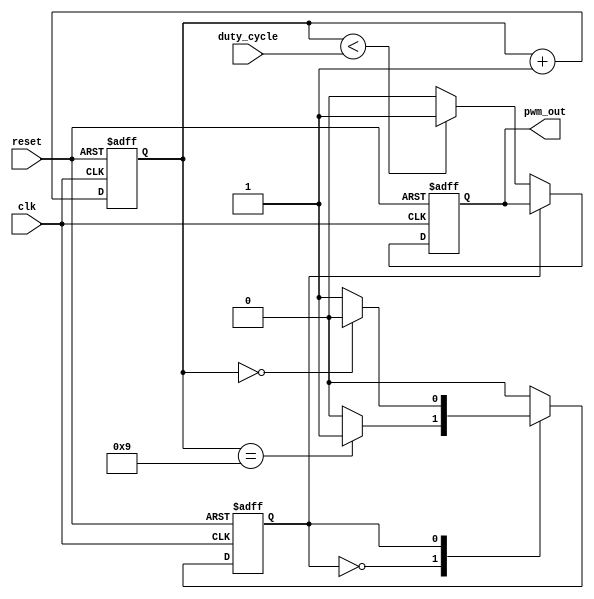
module pwm_timer(
    input wire clk,            // clock input
    input wire reset,          // reset input
    input wire duty_cycle,     // desired duty cycle ratio input
    output reg pwm_out         // PWM output signal
);

parameter PWM_PERIOD = 10;    // number of clock cycles per PWM period

reg [3:0] counter;            // counter to keep track of time intervals
reg pwm_state;                // state machine for PWM signal generation

always @(posedge clk or posedge reset) begin
    if (reset) begin
        counter <= 0;
        pwm_out <= 0;
        pwm_state <= 1'b0;
    end
    else begin
        counter <= counter + 1;
        
        // PWM state machine
        case(pwm_state)
            1'b0: begin
                if (counter < duty_cycle)
                    pwm_out <= 1;
                else
                    pwm_out <= 0;
                
                if (counter == PWM_PERIOD - 1)
                    pwm_state <= 1'b1;
            end
            
            1'b1: begin
                if (counter == 0)
                    pwm_state <= 1'b0;
            end
        endcase
    end
end

endmodule